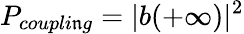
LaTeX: P_{coupli\mathfrak{n}g}=|b(+\infty)|^{2}